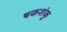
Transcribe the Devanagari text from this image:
षकशंकु